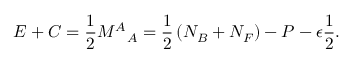
E + C = \frac { 1 } { 2 } { M ^ { A } } _ { A } = \frac { 1 } { 2 } \left( N _ { B } + N _ { F } \right) - P - \epsilon \frac { 1 } { 2 } .